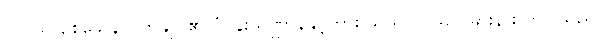
လူငယ် စစ်သေနာပတိချုပ်၏ ပုံပန်းသဏ္ဌာန်နှင့်ကား သိသိသာသာ ခြားနားလာပါသည်။